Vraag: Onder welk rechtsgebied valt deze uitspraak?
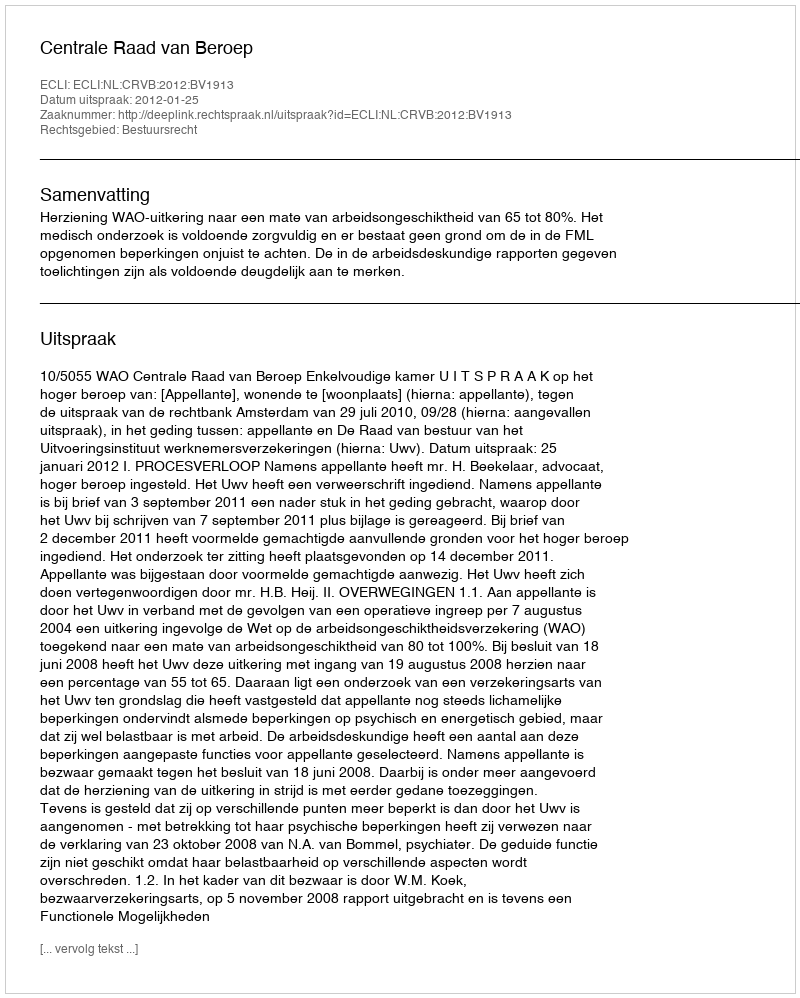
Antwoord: Bestuursrecht